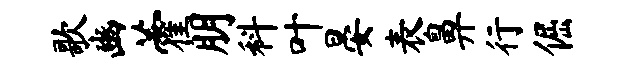
歌豳藿朋科叶晏表鼻行倔